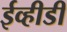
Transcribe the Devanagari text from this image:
ईव्हीडी